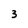
Character: 3